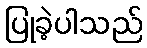
ပြုခဲ့ပါသည်